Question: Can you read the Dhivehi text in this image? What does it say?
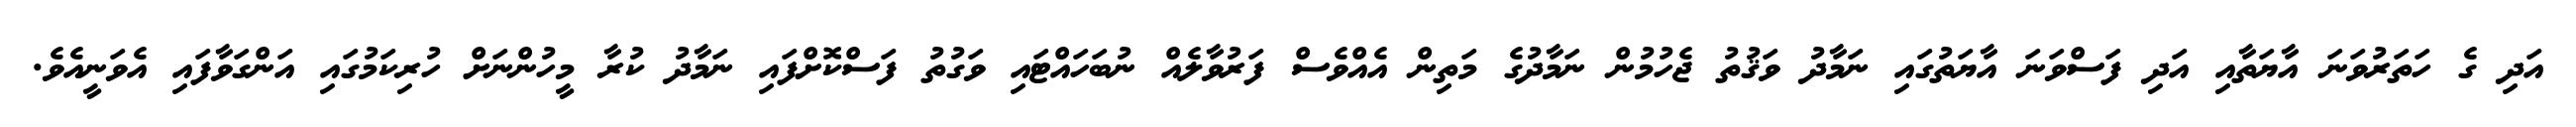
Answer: އަދި ގެ ހަތަރުވަނަ އާޔަތާއި އަދި ފަސްވަނަ އާޔަތުގައި ނަމާދު ވަޤުތު ޖެހުމުން ނަމާދުގެ މަތިން އެއްވެސް ފަރުވާލެއް ނުބަހައްޓައި ވަގުތު ފަސްކޮށްފައި ނަމާދު ކުރާ މީހުންނަށް ހުރިކަމުގައި އަންގަވާފައި އެވަނީއެވެ.